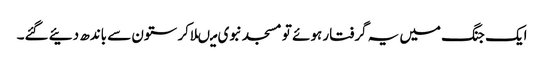
ایک جنگ میں یہ گرفتار ہوئے تو مسجد نبوی میںلاکر ستون سے باندھ دئیے گئے۔